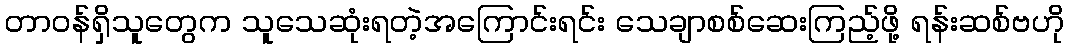
တာဝန်ရှိသူတွေက သူသေဆုံးရတဲ့အကြောင်းရင်း သေချာစစ်ဆေးကြည့်ဖို့ ရန်းဆစ်ဗဟို